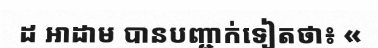
ដ អាដាម បានបញ្ជាក់ទៀតថា៖ «